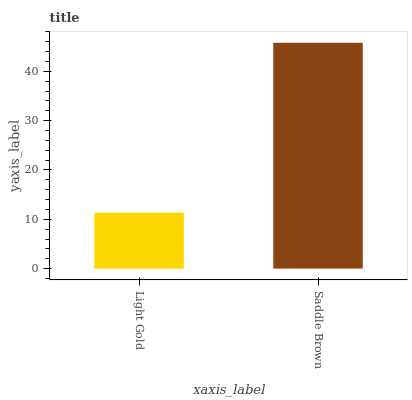
| xaxis_label | bars |
 | --- | --- |
 | Light Gold | 11.3 |
 | Saddle Brown | 45.8 |